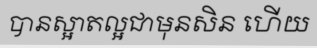
បានស្អាតល្អជាមុនសិន ហើយ